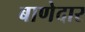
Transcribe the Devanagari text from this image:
बाणेदार